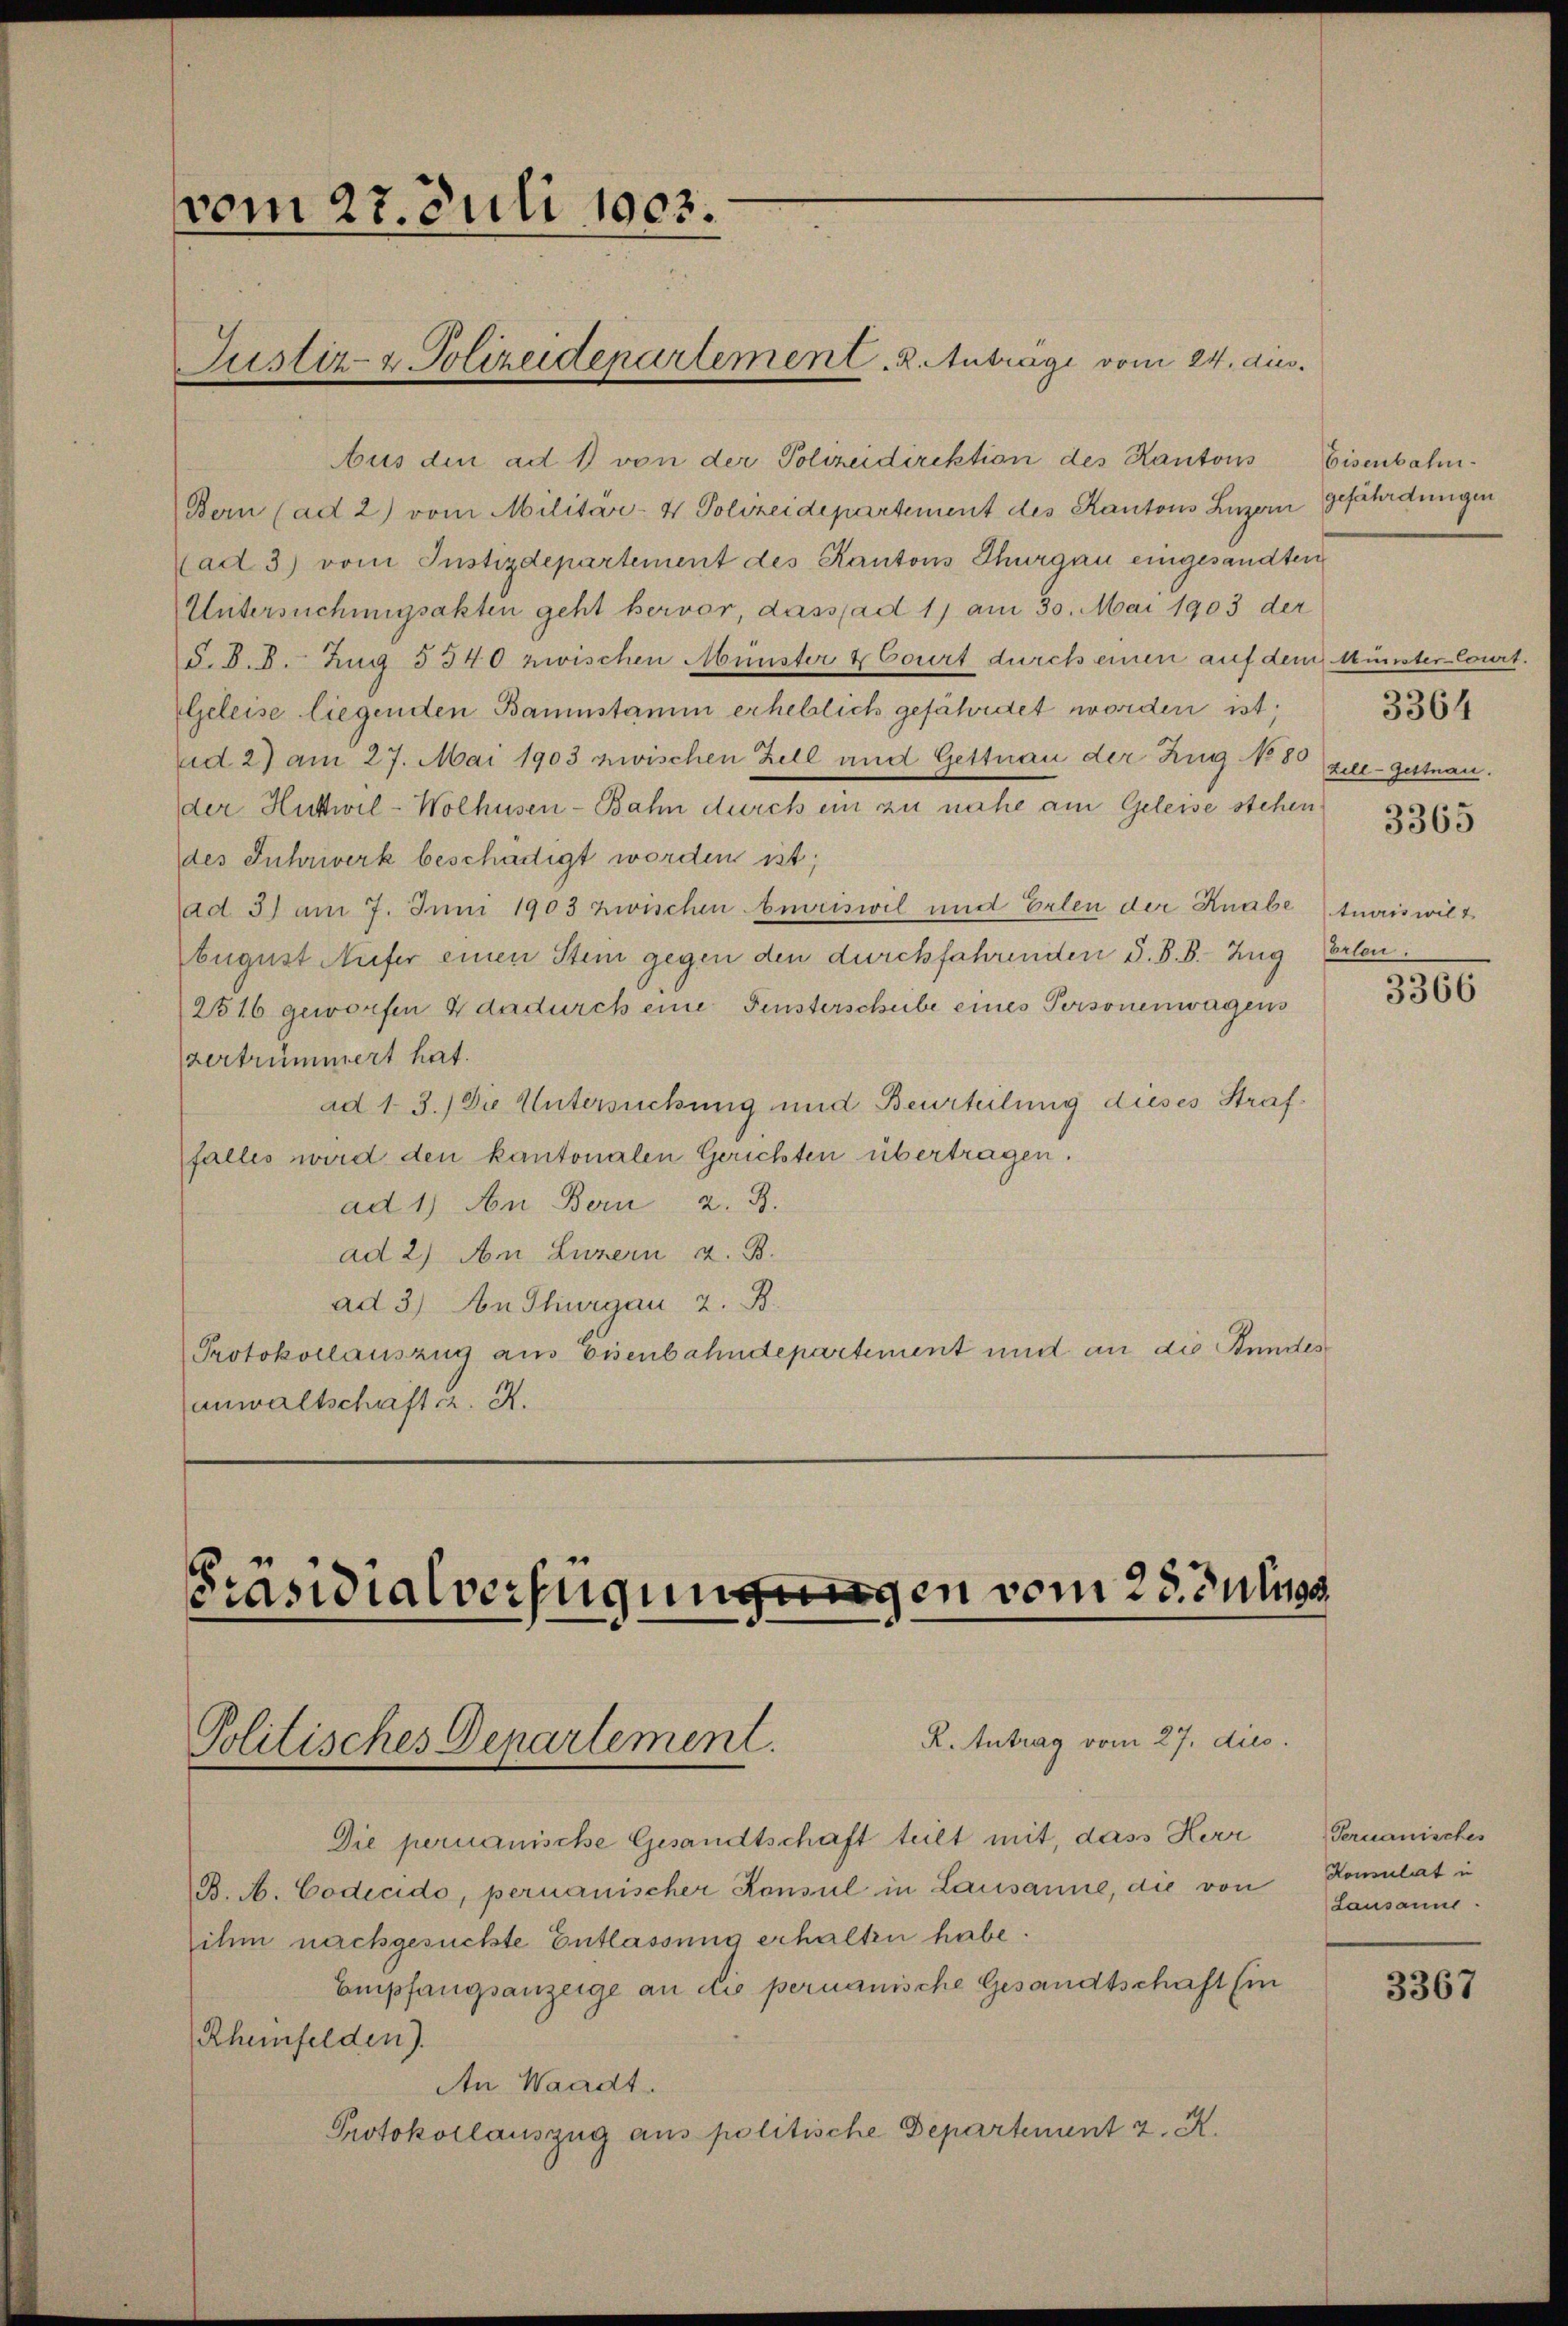
vom 27. Juli 1903.

Aus den ad 1) von der Polizeidirektion des Kantons
Bern (ad 2) vom Militär- & Polizeidepartement des Kantons Luzern gefährdungen
(ad 3) vom Justizdepartement des Kantons Thurgau eingesandten
Untersuchungsakten geht hervor, dass ad 11 am 30. Mai 1903 der
§. §. 8. Zug 5340 zwischen Münster & Court durch einen auf dem Münster Court.
Geleise liegenden Baumstamm erheblich gefährdet worden ist;
ad 2) am 27. Mai 1903 zwischen Zell und Gettnau der Zug No 80
der Huttwil-Wolhusen-Bahn durch ein zu nahe am Geleise stehen
des Juhrwerk beschädigt worden ist;
ad 3) am 7. Juni 1903 zwischen beriswil und Erlen der Knabetuariswilt
Eugust Aufer einen Stein gegen den durchfahrenden S. B. B. Zug
2516 geworfen 4 dadurch eine Fensterscheibe eines Personenwagens
vertrümmert hat.
ad 1. 3.) Die Untersuchung und Beurteilung dieses Straffalles wird den kantonalen Gerichten übertragen.
ad 1) An Bern 2. B.
ad 2) Am Luzern z. B.
ad 3) An Thurgau 2. B.
Protokollauszug aus Eisenbahndepartement und an die Stundes
anwaltschafter. A.

Justiz- & Polizeidepartement. 2. Anträge vom 24. aus.

Präsidialverfügungungen vom 28. Juluss

R. Antrag vom 27. dies
Politisches Departement.

Die permanische Gesandtschaft teilt mit, dass Herr
B. A. Codicido, permanischer Konsul in Lausanne, die von
ihm nachgesuchte Entlassung erhalten habe.
Empfangsanzeige an die permanische Gesandtschaft Ein
Rheinfelden).
An Waadt.
Protokollauszug aus politische Departement 2. A

Eisenbahn.

zill-Gettnau.

3364

3365

Corten.

3366

Teruanisches
Komulat in
Lausanne.

3367